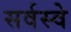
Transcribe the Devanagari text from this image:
सर्वस्वे